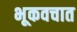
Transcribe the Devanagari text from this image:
भूकवचात